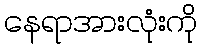
နေရာအားလုံးကို